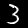
Label: 3